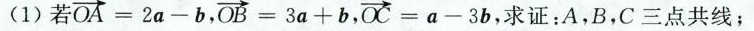
(1)若$$\overrightarrow { O A } = 2 a - b$$，$$\overrightarrow { O B } = 3 a + b$$，$$\overrightarrow { O C } = a - 3 b$$，求证：A，B，C三点共线；